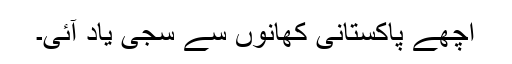
اچھے پاکستانی کھانوں سے سجی یاد آئی۔